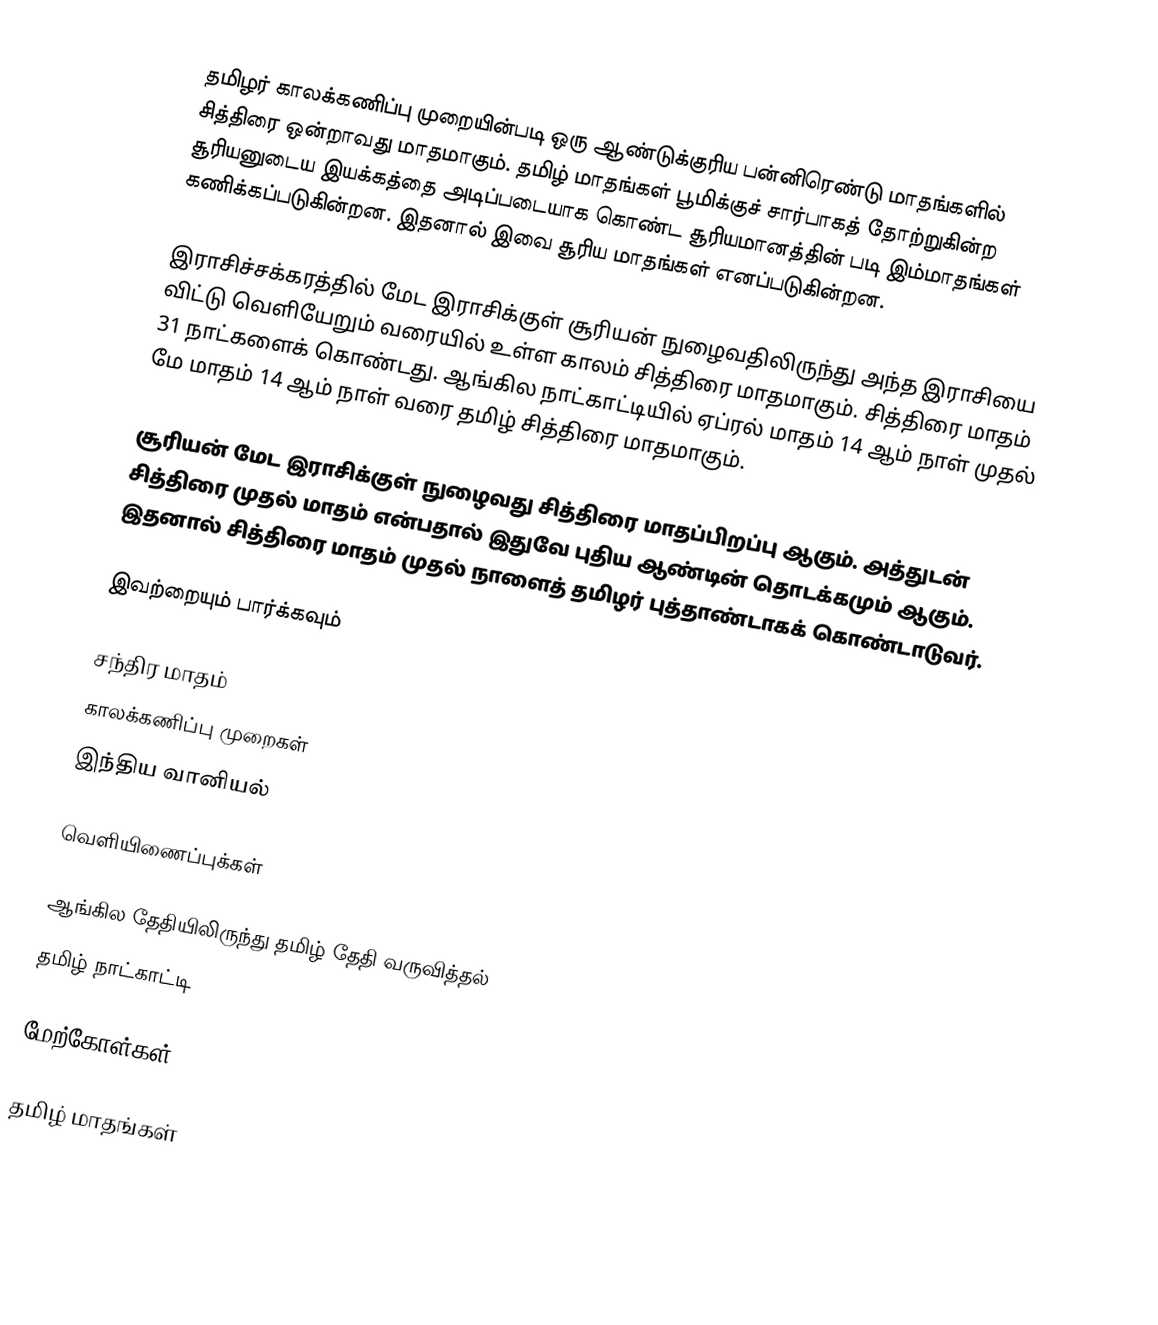
தமிழர் காலக்கணிப்பு முறையின்படி ஒரு ஆண்டுக்குரிய பன்னிரெண்டு மாதங்களில் சித்திரை ஒன்றாவது மாதமாகும். தமிழ் மாதங்கள் பூமிக்குச் சார்பாகத் தோற்றுகின்ற சூரியனுடைய இயக்கத்தை அடிப்படையாக கொண்ட சூரியமானத்தின் படி இம்மாதங்கள் கணிக்கப்படுகின்றன. இதனால் இவை சூரிய மாதங்கள் எனப்படுகின்றன.

இராசிச்சக்கரத்தில் மேட இராசிக்குள் சூரியன் நுழைவதிலிருந்து அந்த இராசியை விட்டு வெளியேறும் வரையில் உள்ள காலம் சித்திரை மாதமாகும். சித்திரை மாதம் 31 நாட்களைக் கொண்டது. ஆங்கில நாட்காட்டியில் ஏப்ரல் மாதம் 14 ஆம் நாள் முதல் மே மாதம் 14 ஆம் நாள் வரை தமிழ் சித்திரை மாதமாகும்.

சூரியன் மேட இராசிக்குள் நுழைவது சித்திரை மாதப்பிறப்பு ஆகும். அத்துடன் சித்திரை முதல் மாதம் என்பதால் இதுவே புதிய ஆண்டின் தொடக்கமும் ஆகும். இதனால் சித்திரை மாதம் முதல் நாளைத் தமிழர் புத்தாண்டாகக் கொண்டாடுவர்.

இவற்றையும் பார்க்கவும்

 சந்திர மாதம்
 காலக்கணிப்பு முறைகள்
 இந்திய வானியல்

வெளியிணைப்புக்கள்

 ஆங்கில தேதியிலிருந்து தமிழ் தேதி வருவித்தல்
 தமிழ் நாட்காட்டி

மேற்கோள்கள்

தமிழ் மாதங்கள்